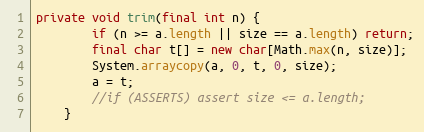
Language: Java
private void trim(final int n) {
        if (n >= a.length || size == a.length) return;
        final char t[] = new char[Math.max(n, size)];
        System.arraycopy(a, 0, t, 0, size);
        a = t;
        //if (ASSERTS) assert size <= a.length;
    }